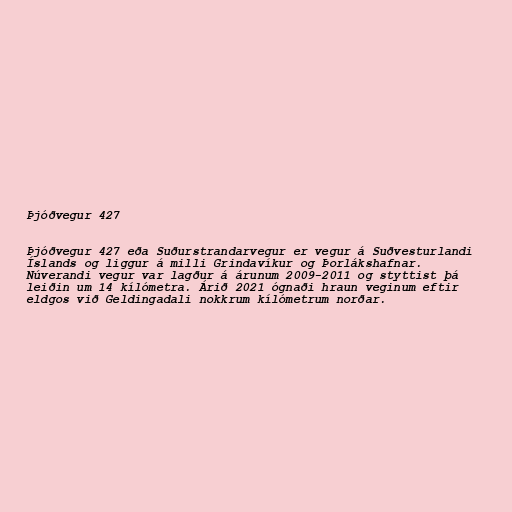
Þjóðvegur 427

Þjóðvegur 427 eða Suðurstrandarvegur er vegur á Suðvesturlandi
Íslands og liggur á milli Grindavíkur og Þorlákshafnar.
Núverandi vegur var lagður á árunum 2009-2011 og styttist þá
leiðin um 14 kílómetra. Árið 2021 ógnaði hraun veginum eftir
eldgos við Geldingadali nokkrum kílómetrum norðar.